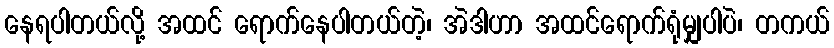
နေရပါတယ်လို့ အထင် ရောက်နေပါတယ်တဲ့၊ အဲဒါဟာ အထင်ရောက်ရုံမျှပါပဲ၊ တကယ်